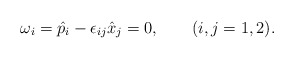
\begin{align*} \omega _i = \hat{p}_i - \epsilon _{ij}\hat{x}_j=0, \qquad (i,j=1,2).\end{align*}